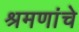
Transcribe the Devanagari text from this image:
श्रमणांचे